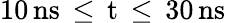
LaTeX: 10\, \mathrm{{ns}\, \leq\, t\, \leq\, 30\, \mathrm{{ns}}}